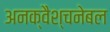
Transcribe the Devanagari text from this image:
अनक्वैश्चनेबल